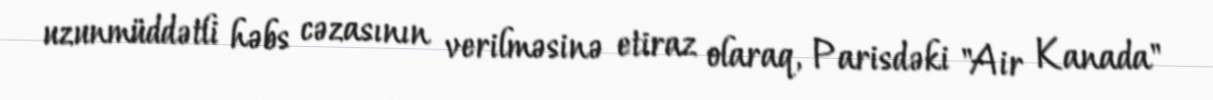
uzunmüddətli həbs cəzasının verilməsinə etiraz olaraq, Parisdəki "Air Kanada"